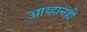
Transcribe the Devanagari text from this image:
आव्हानंही